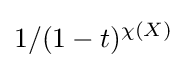
1/(1-t)^{\chi (X)}